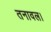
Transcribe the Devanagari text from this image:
तनावल।